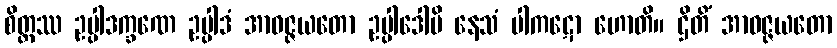
စိတ္တဿ ဥပ္ပါဒက္ခဏေ ဥပ္ပါဒံ အာဝဇ္ဇယတော ဥပ္ပါဒေါပိ နေသံ ပါကဋော ဟောတိ။ ဌိတိံ အာဝဇ္ဇယတော